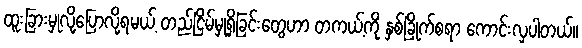
ထူးခြားမှုလို့ပြောလို့ရမယ့် တည်ငြိမ်မှုရှိခြင်းတွေဟာ တကယ့်ကို နှစ်ခြိုက်စရာ ကောင်းလှပါတယ်။